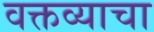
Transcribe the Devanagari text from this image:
वक्तव्याचा